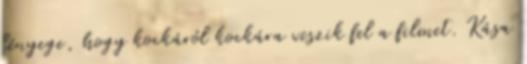
lényege, hogy kockáról kockára veszik fel a filmet. Kása